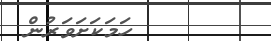
ހަމަކަށަވަރުން